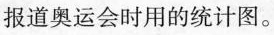
报道奥运会时用的统计图。